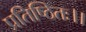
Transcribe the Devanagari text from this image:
प्रतिष्ठितः।।